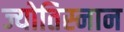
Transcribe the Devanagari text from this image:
ज्योतिस्नान